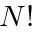
N !